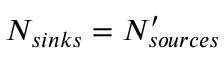
N _ { s i n k s } = N _ { s o u r c e s } ^ { \prime }